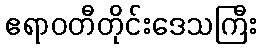
ဧရာဝတီတိုင်းဒေသကြီး